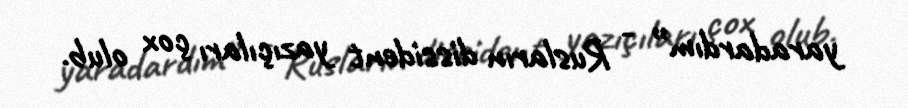
yaradardım” - Rusların dissident yazıçıları çox olub.